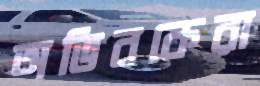
অভিবকেরা